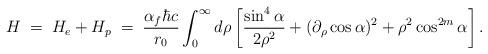
LaTeX: \begin{align*}H \; = \; H_e + H_p \; = \; \frac{\alpha_f \hbar c}{r_0} \int_0^\infty{d\rho} \left[ \frac{\sin^4 \alpha}{2 \rho^2} + (\partial_\rho \cos \alpha)^2 + \rho^2 \cos^{2m} \alpha \right] .\end{align*}